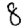
Digit: 8